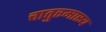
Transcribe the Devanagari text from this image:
चातुरमास्य